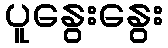
ပူနွေးနွေး